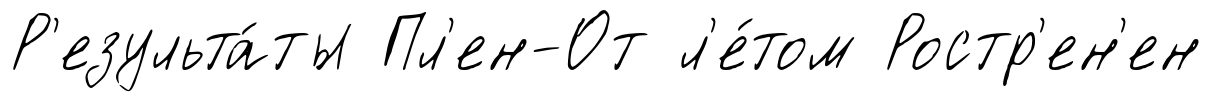
Р'езульта́ты Пл'ен-От л'е́том Ростр'ен'ен